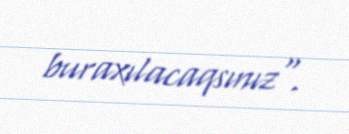
buraxılacaqsınız".